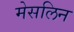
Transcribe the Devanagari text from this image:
मेसलिन